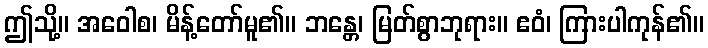
ဤသို့။ အဝေါစ၊ မိန့်တော်မူ၏။ ဘန္တေ၊ မြတ်စွာဘုရား။ ဧဝံ၊ ကြားပါကုန်၏။